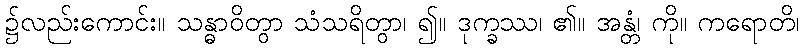
၌လည်းကောင်း။ သန္ဓာဝိတွာ သံသရိတွာ၊ ၍။ ဒုက္ခဿ၊ ၏။ အန္တံ၊ ကို။ ကရောတိ၊